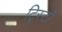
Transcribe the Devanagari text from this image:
ट्रिस्टाँ